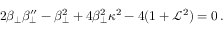
2 \beta _ { \perp } \beta _ { \perp } ^ { \prime \prime } - \beta _ { \perp } ^ { 2 } + 4 \beta _ { \perp } ^ { 2 } \kappa ^ { 2 } - 4 ( 1 + \mathcal { L } ^ { 2 } ) = 0 \, .